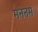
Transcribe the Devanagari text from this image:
मननम